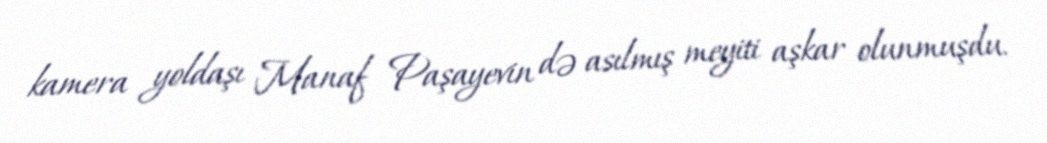
kamera yoldaşı Manaf Paşayevin də asılmış meyiti aşkar olunmuşdu.